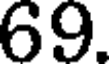
69.